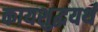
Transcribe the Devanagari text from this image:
कायशुद्धयर्थं